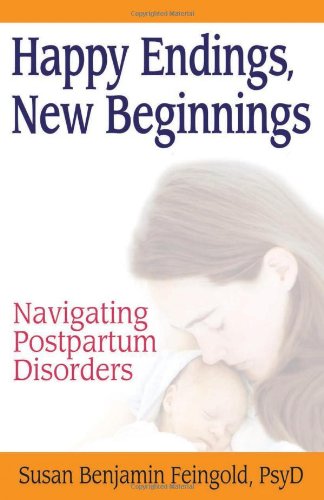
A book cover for Happy Endings, New Beginnings: Navigating Postpartum Disorders; Susan Benjamin Feingold; Health, Fitness & Dieting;